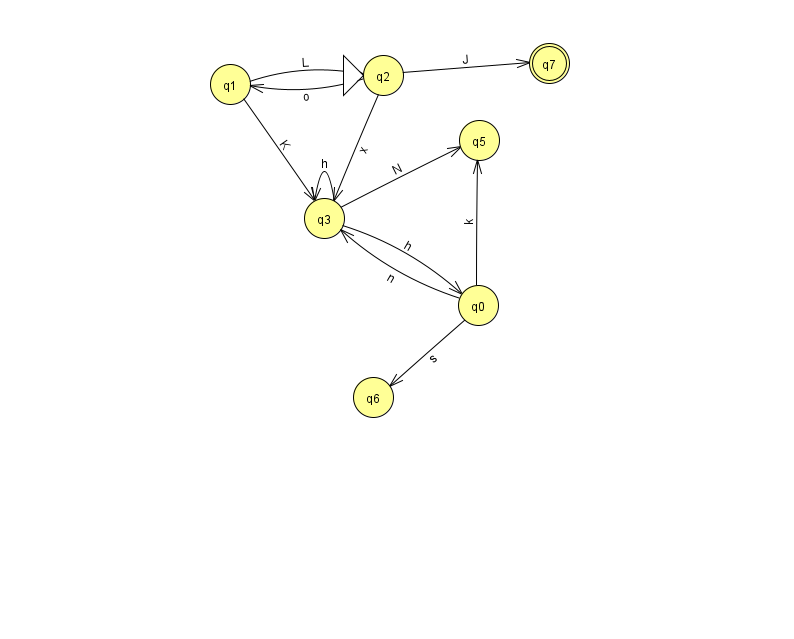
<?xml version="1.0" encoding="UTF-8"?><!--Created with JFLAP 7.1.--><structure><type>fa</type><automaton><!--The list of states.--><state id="0" name="q0"><x>478.0</x><y>292.0</y></state><state id="1" name="q1"><x>230.0</x><y>71.0</y></state><state id="2" name="q2"><x>383.0</x><y>62.0</y><initial/></state><state id="3" name="q3"><x>324.0</x><y>205.0</y></state><state id="5" name="q5"><x>479.0</x><y>127.0</y></state><state id="6" name="q6"><x>373.0</x><y>384.0</y></state><state id="7" name="q7"><x>549.0</x><y>50.0</y><final/></state><!--The list of transitions.--><transition><from>0</from><to>5</to><read>k</read></transition><transition><from>1</from><to>3</to><read>K</read></transition><transition><from>2</from><to>3</to><read>x</read></transition><transition><from>2</from><to>7</to><read>J</read></transition><transition><from>0</from><to>6</to><read>s</read></transition><transition><from>3</from><to>5</to><read>N</read></transition><transition><from>3</from><to>0</to><read>h</read></transition><transition><from>3</from><to>3</to><read>h</read></transition><transition><from>2</from><to>1</to><read>o</read></transition><transition><from>0</from><to>3</to><read>n</read></transition><transition><from>1</from><to>2</to><read>L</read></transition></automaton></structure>